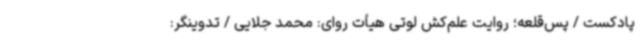
پادکست / پس‌قلعه؛ روایت علم‌کش لوتی هیأت روای: محمد جلایی / تدوینگر: